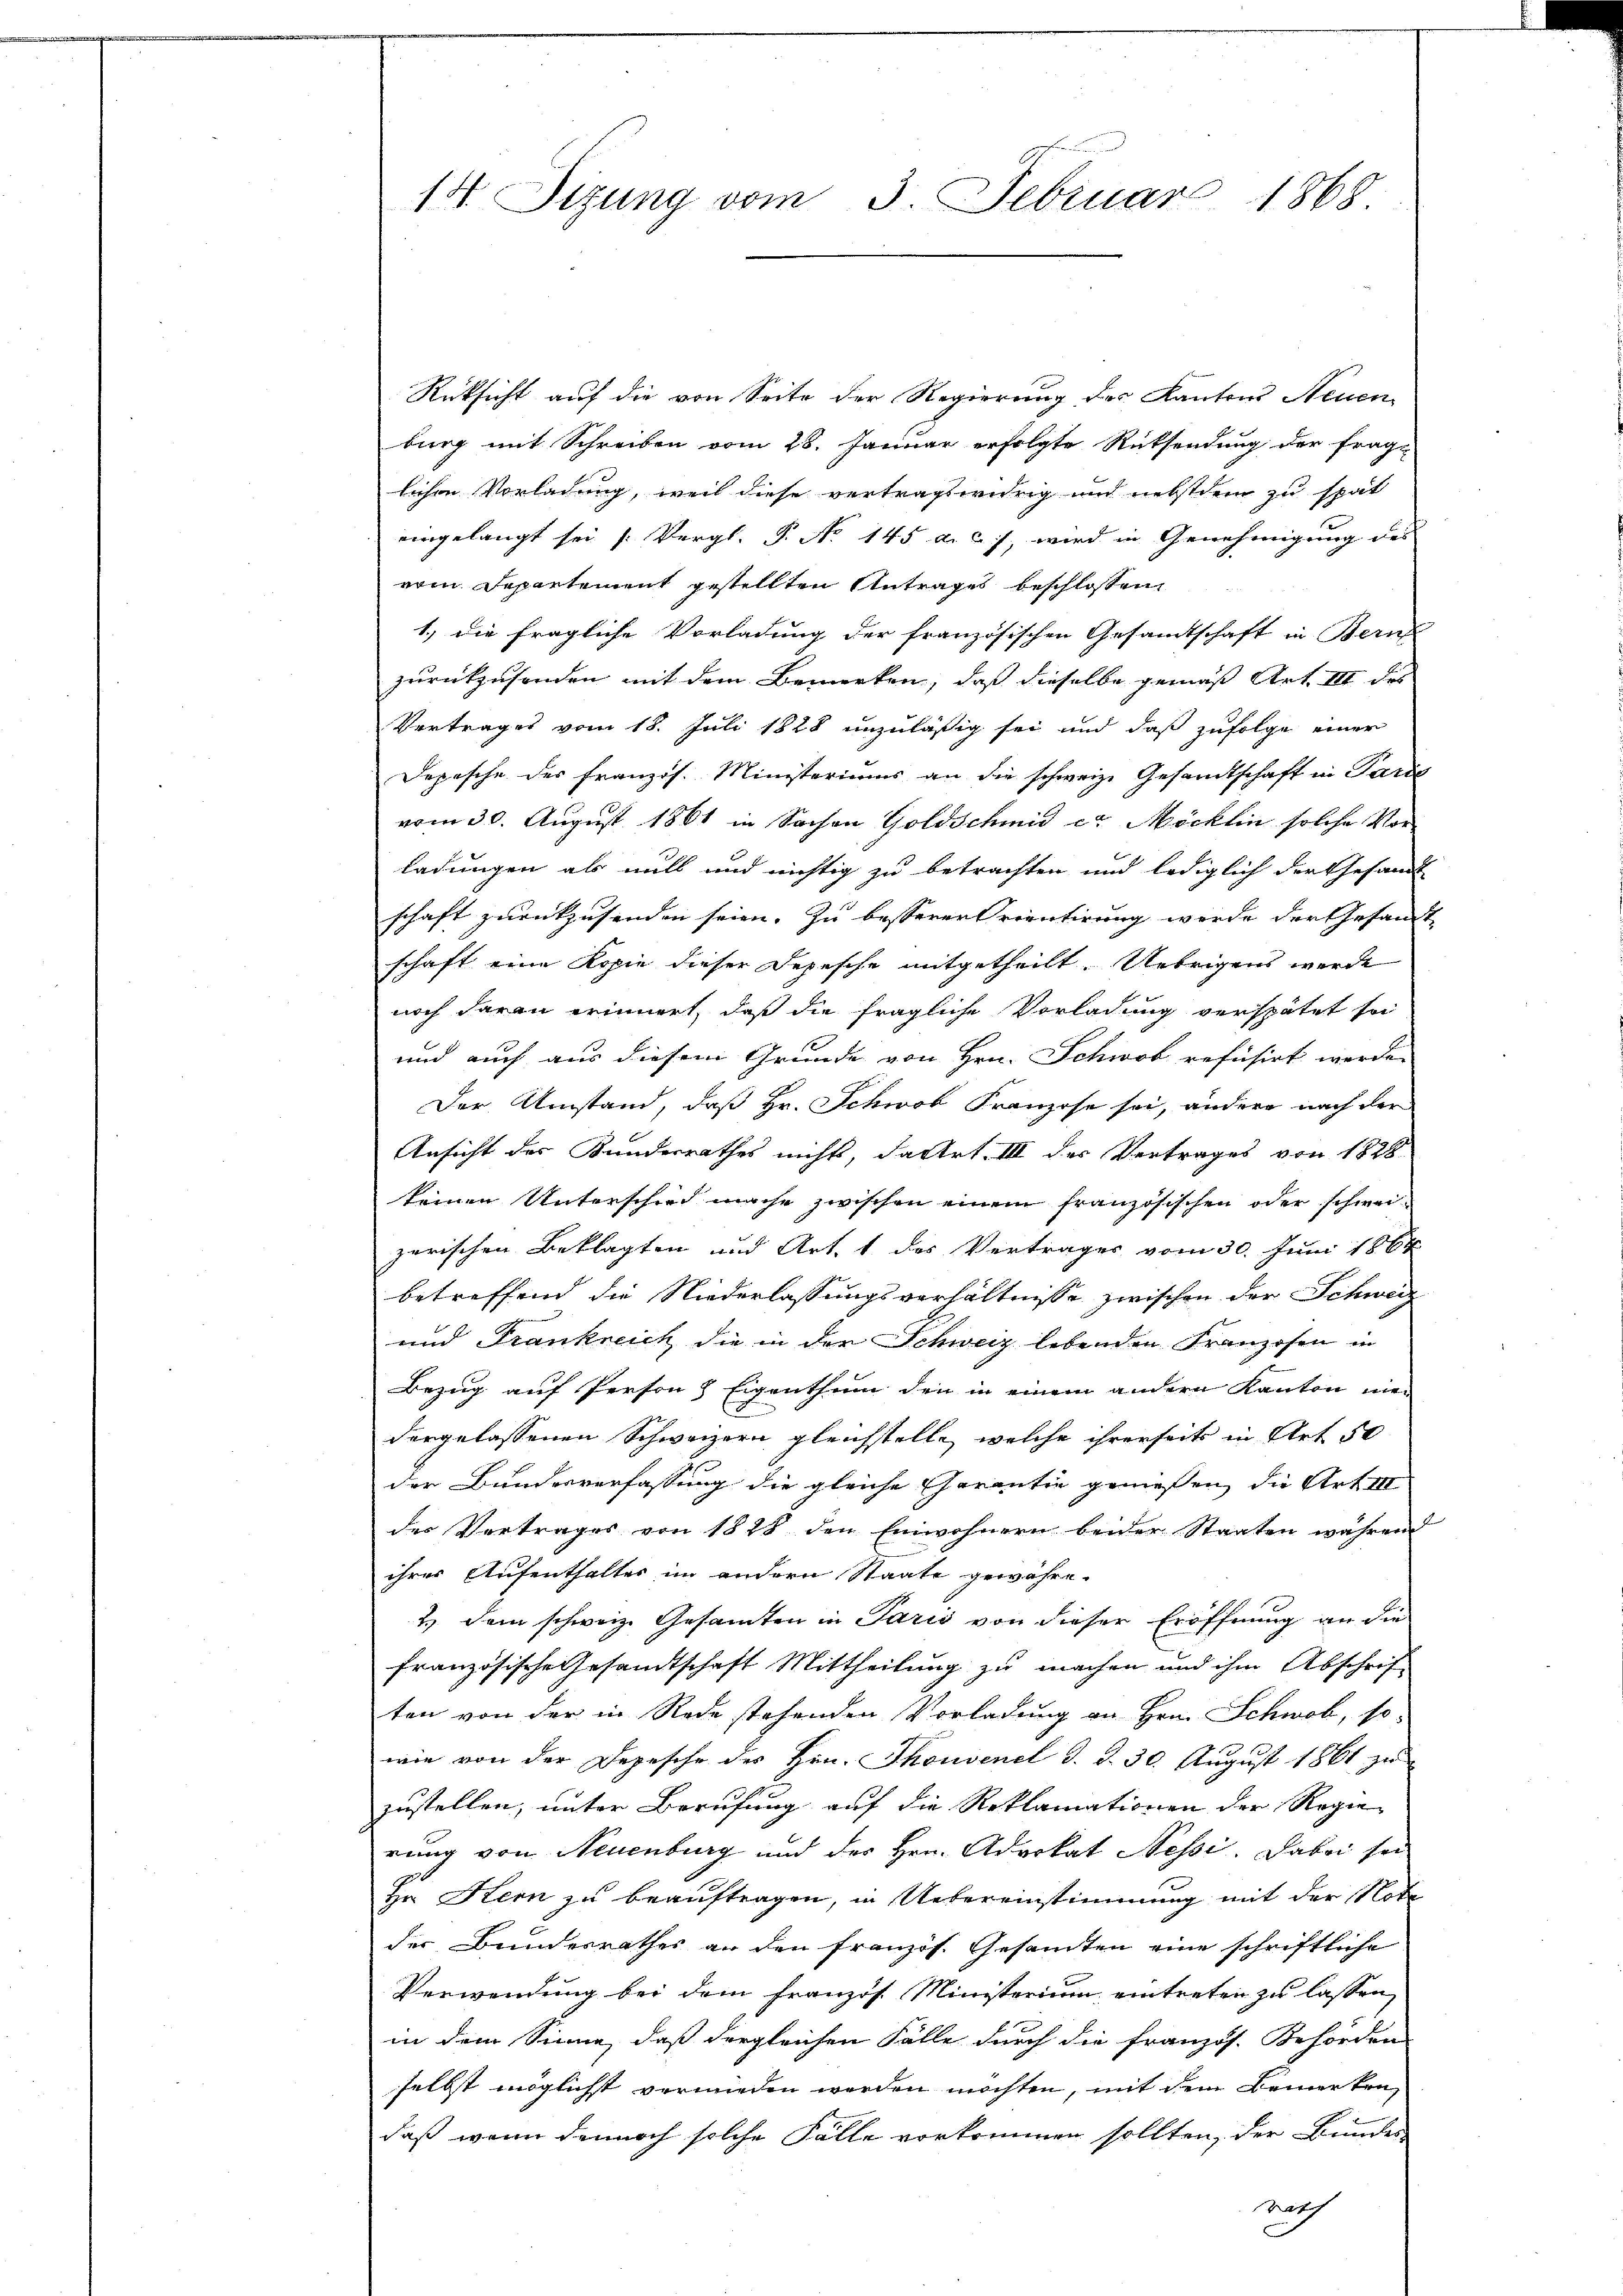
14. Sizung vom 3. Februar 1868

Rücksicht auf die von Seite der Regierung des Kantons Neuen
burg mit Schreiben vom 28. Januar erfolgte Rücksendung der fraglichen Vorladung, weil diese vertragswidrig und nebstdem zu spät
eingelangt sei (Vergl. P. No. 145. d. d. J, wird in Genehmigung des |
vom Departement gestellten Antrages beschlossen,
1.) die fragliche Vorladung der französischen Gesandtschaft in Bern
zurückzusenden mit dem Bemerken, daß dieselbe gemäss Art. III des
Vertrages vom 18. Juli 1828 unzuläßig sei und daß zufolge einer
Depesche des französ. Ministeriums an die schweiz. Gesandtschaft in Parde
vom 30. August 1861 in Sachen Goldschmid er Möcklin solche Vor-
ladungen als mill und nichtig zu betrachten und lediglich der Gesandt
schaft zurückzusenden seien. Zu besserer Orientirung werde der Gesandt
schaft eine Kopie dieser Depesche mitgetheilt. Uebrigens werde
noch daran erinnert, daß die fragliche Vorladung verspätet sei
und auch aus diesem Grunde von Hrn. Schwob refusirt werden
Der Umstand, daß Hr. Schwob Franzose sei, andere nach der
Ansicht des Kanderrathes nichts, datirt. III des Vertrages von 1828.
keinen Unterschied mache zwischen einem französischen oder schwei-
zerischen Beklagten und Art. 1 des Vertrages vom 30. Juni 1864
betreffend die Niederlassungsverhältnisse zwischen der Schweiz
und Frankreich die in der Schweiz lebenden Franzosen in
Bezug auf Person 8 Eigenthum den in einem andern Kanton niedergelassenen Schweizern gleichstelle, welche ihrerseits in Art 50
der Bundesverfassung die gleiche Charantie geniessen, die Art III
der Vertrages von 1878 den Einwohnern beider Staaten während
ihrer Aufenthalter im andern Staate gewähre-
2.) Dem schweiz. Gesamten in Paris von dieser Eröffnung an die
französische Gesandtschaft Mittheilung zu machen und ihm Abschrif-
ten von der in Rede stehenden Vorladung an Hrn. Schwab, so-
wie von der Depesche des Hrn. Thonvenel d. d. 30. August 1861 zu
zustellen, unter Berufung auf die Reklamationen der Regierung von Neuenburg und der Hrn. Advokat Nessi. Dabei sei
Hr. Kern zu beauftragen, in Uebereinstimmung mit der Note
der Bundesrathes an den französ. Gesamten eine schriftliche
Verwendung bei dem französ. Ministerium eintreten zu lassen
in dem Sinne, daß dergleichen Fälle durch die französ. Behörden
selbst möglichst verwieden werden möchten, mit dem Bemerken,
daß wenn dennoch solche Fälle vorkommen sollten, der Bundes-
nich